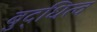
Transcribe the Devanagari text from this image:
बुद्धित्व